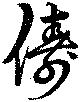
儔